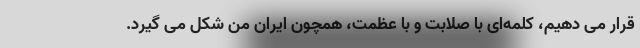
قرار می دهیم، کلمه‌ای با صلابت و با عظمت، همچون ایران من شکل می گیرد.